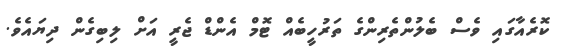
ކޮރެއާގައި ވެސް ބެލުންތެރިންގެ ތަރުހީބެއް ޓޮމް އެންޑް ޖެރީ އަށް ލިބިގެން ދިޔައެވެ.